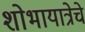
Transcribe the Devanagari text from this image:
शोभायात्रेचे